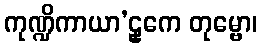
ကုဏ္ဍိကာယာ’ဠှကေ တုမ္ဗော၊